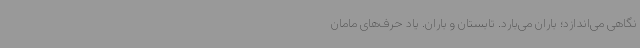
نگاهی می‌اندازد؛ باران می‌بارد. تابستان و باران. یاد حرف‌های مامان